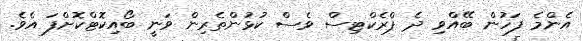
އެންމެ ފަހުން ބޭއްވި ދެ ޕްރެކްޓިސް ވެސް ކުޅުންތެރިން ވަނީ ބޯއިކޮޓްކޮށްފަ އެވެ.